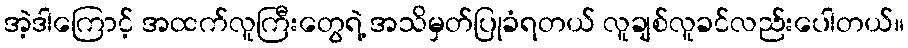
အဲ့ဒါကြောင့် အထက်လူကြီးတွေရဲ့ အသိမှတ်ပြုခံရတယ် လူချစ်လူခင်လည်းပေါတယ်။